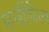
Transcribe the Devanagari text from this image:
फर्जीफिल्म